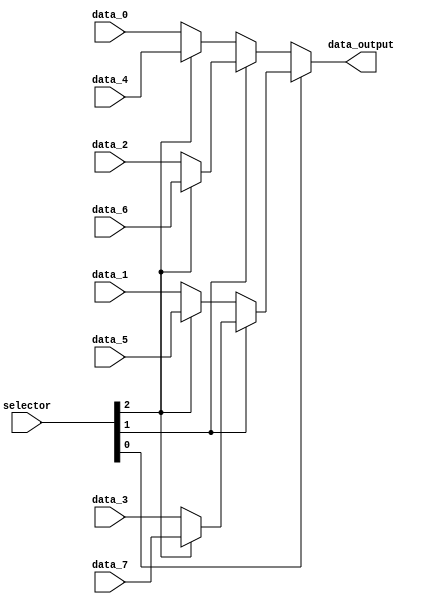
module Mux8Bits (
    input wire [2:0] selector,
    input  wire [31:0] data_0,
    input  wire [31:0] data_1,
    input  wire [31:0] data_2,
    input  wire [31:0] data_3,
    input  wire [31:0] data_4,
    input  wire [31:0] data_5,
    input  wire [31:0] data_6,
    input  wire [31:0] data_7,
    output wire [31:0] data_output
);
    assign data_output = selector[0] ? (selector[1] ?  ( selector[2] ? data_7 :data_3 ) : (selector[2] ? data_5 :data_1 )) : (selector[1] ? (selector[2] ? data_6 : data_2 ) : (selector[2] ? data_4 : data_0 ));
endmodule